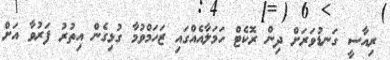
ރިއާސީ ގަނޑުވަރަށް ދިން ރޮކެޓް ހަމަލާއެއްގައި ޒަހަމްވުމާ ގުޅިގެން އިތުރު ފަރުވާ އަށް